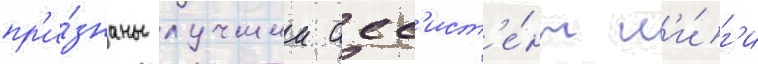
пр'и́знаны лучшии асс'ист'е́нт л'и́г'и